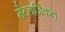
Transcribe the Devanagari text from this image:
मैटलर्जिकल